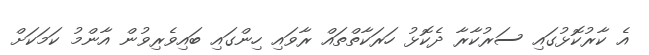
އެ ކާރުކޮޅުގައި ސަރުކާރާ ދެކޮޅު ހަރަކާތްތައް ރާވައި ހިންގައި ބައިވެރިވުން އާންމު ކަމަކަށް